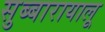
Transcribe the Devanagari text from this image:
सुब्बारायालू